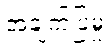
အချက်ပြမှု